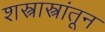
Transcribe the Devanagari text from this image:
शस्त्रास्त्रांतून